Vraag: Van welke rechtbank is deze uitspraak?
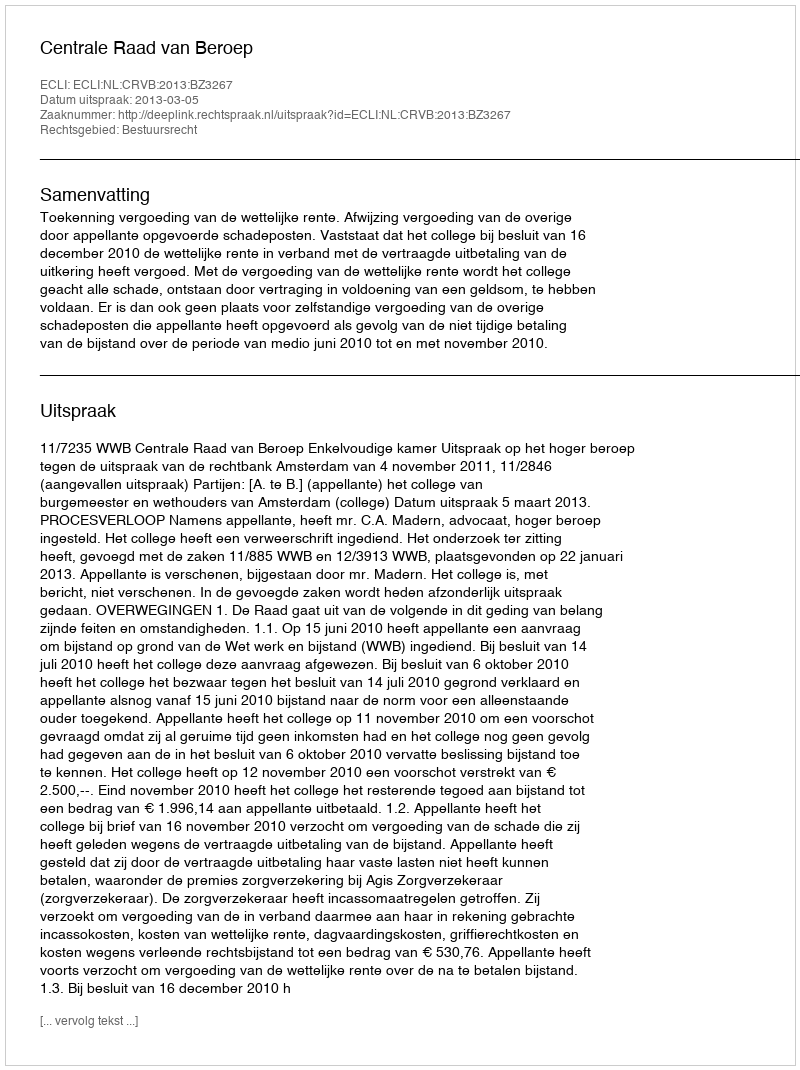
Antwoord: Centrale Raad van Beroep